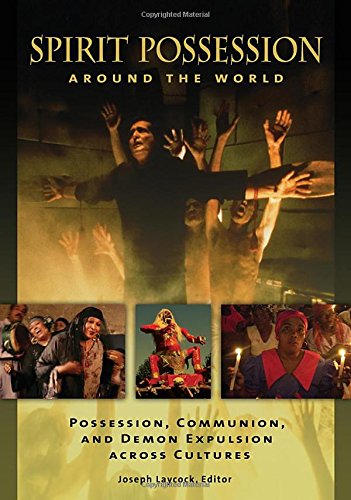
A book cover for Spirit Possession around the World: Possession, Communion, and Demon Expulsion across Cultures; Joseph P. Laycock; Religion & Spirituality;